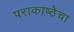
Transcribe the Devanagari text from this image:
पराकाष्ठेचा